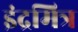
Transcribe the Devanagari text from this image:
इंद्रमित्र